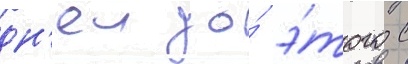
дн'еи до́ э́того с